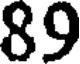
89